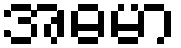
အဓမာ